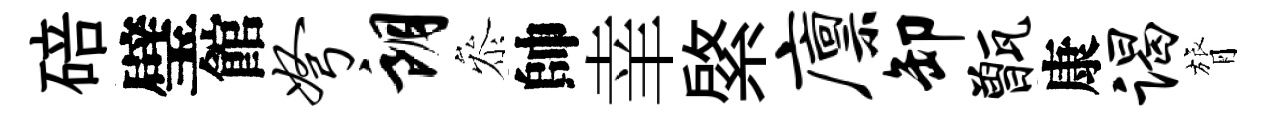
碚璧館弩朗叅帥𦍒綮廪卸甑康谒膂